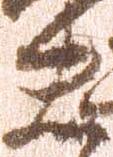
夫